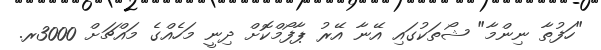
"ހަފުތާ ނިންމާ" ޝޯތަކުގައި އޭނާ އޭރު ޕާފޯމްކޮށް ދިނީ މަހެއްގެ މައްޗަށް 3000ރ.